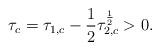
LaTeX: \begin{align*}\tau_c = \tau_{1,c} - \frac{1}{2} \tau_{2,c}^\frac{1}{2} > 0.\end{align*}